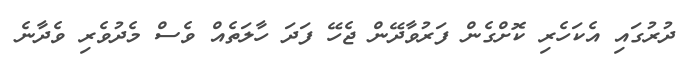
ދުރުގައި އެކަހެރި ކޮށްގެން ފަރުވާދޭން ޖެހޭ ފަދަ ހާލަތެއް ވެސް މެދުވެރި ވެދާނެ